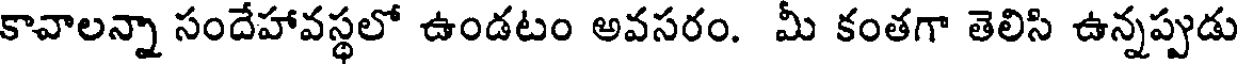
కావాలన్నా సందేహావస్థలో ఉండటం అవసరం. మీ కంతగా తెలిసి ఉన్నప్పుడు